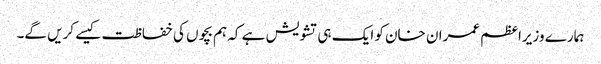
ہمارے وزیراعظم عمران خان کو ایک ہی تشویش ہے کہ ہم بچوں کی خفاظت کیسے کریں گے۔